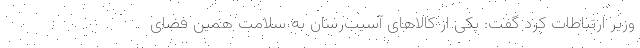
وزیر ارتباطات کرد گفت: یکی از کالاهای آسیب‌رسان به سلامت همین فضای